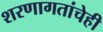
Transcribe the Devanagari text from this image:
शरणागतांचेही